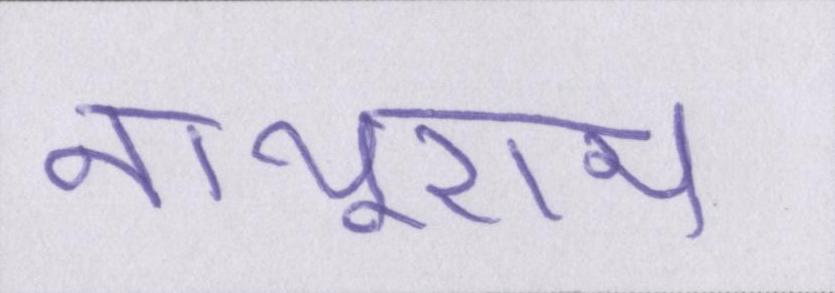
नाथूराम